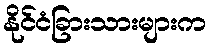
နိုင်ငံခြားသားများက